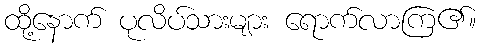
ထို့နောက် ပုလိပ်သားများ ရောက်လာကြ၏။